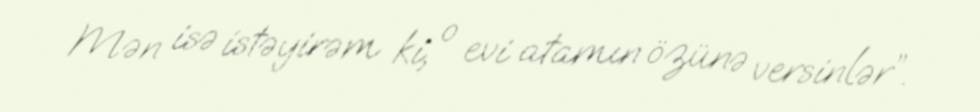
Mən isə istəyirəm ki, o evi atamın özünə versinlər”.